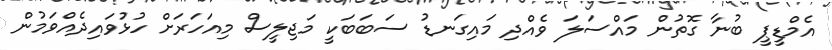
އެމްޑީޕީ ބުނާ ގޮތުން މައްސަލަ ވެއްދި މައިގަނޑު ސަބަބަކީ މަޖިލީސް މިއަހަރަށް ހުޅުވައިދެއްވަމުން